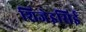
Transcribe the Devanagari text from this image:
शिजेइसिई